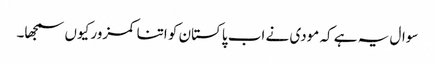
سوال یہ ہے کہ مودی نے اب پاکستان کو اتنا کمزور کیوں سمجھا۔